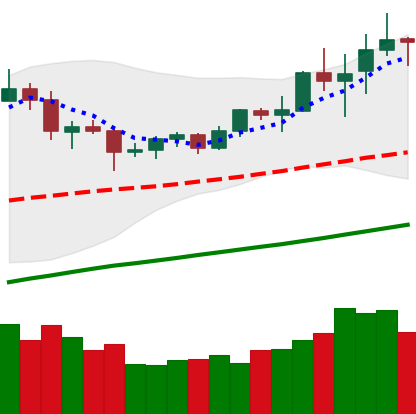
Ticker: TRX-USD
Chart end date: 2020-07-30
Forward return: 5.582%
Label: up_5_7